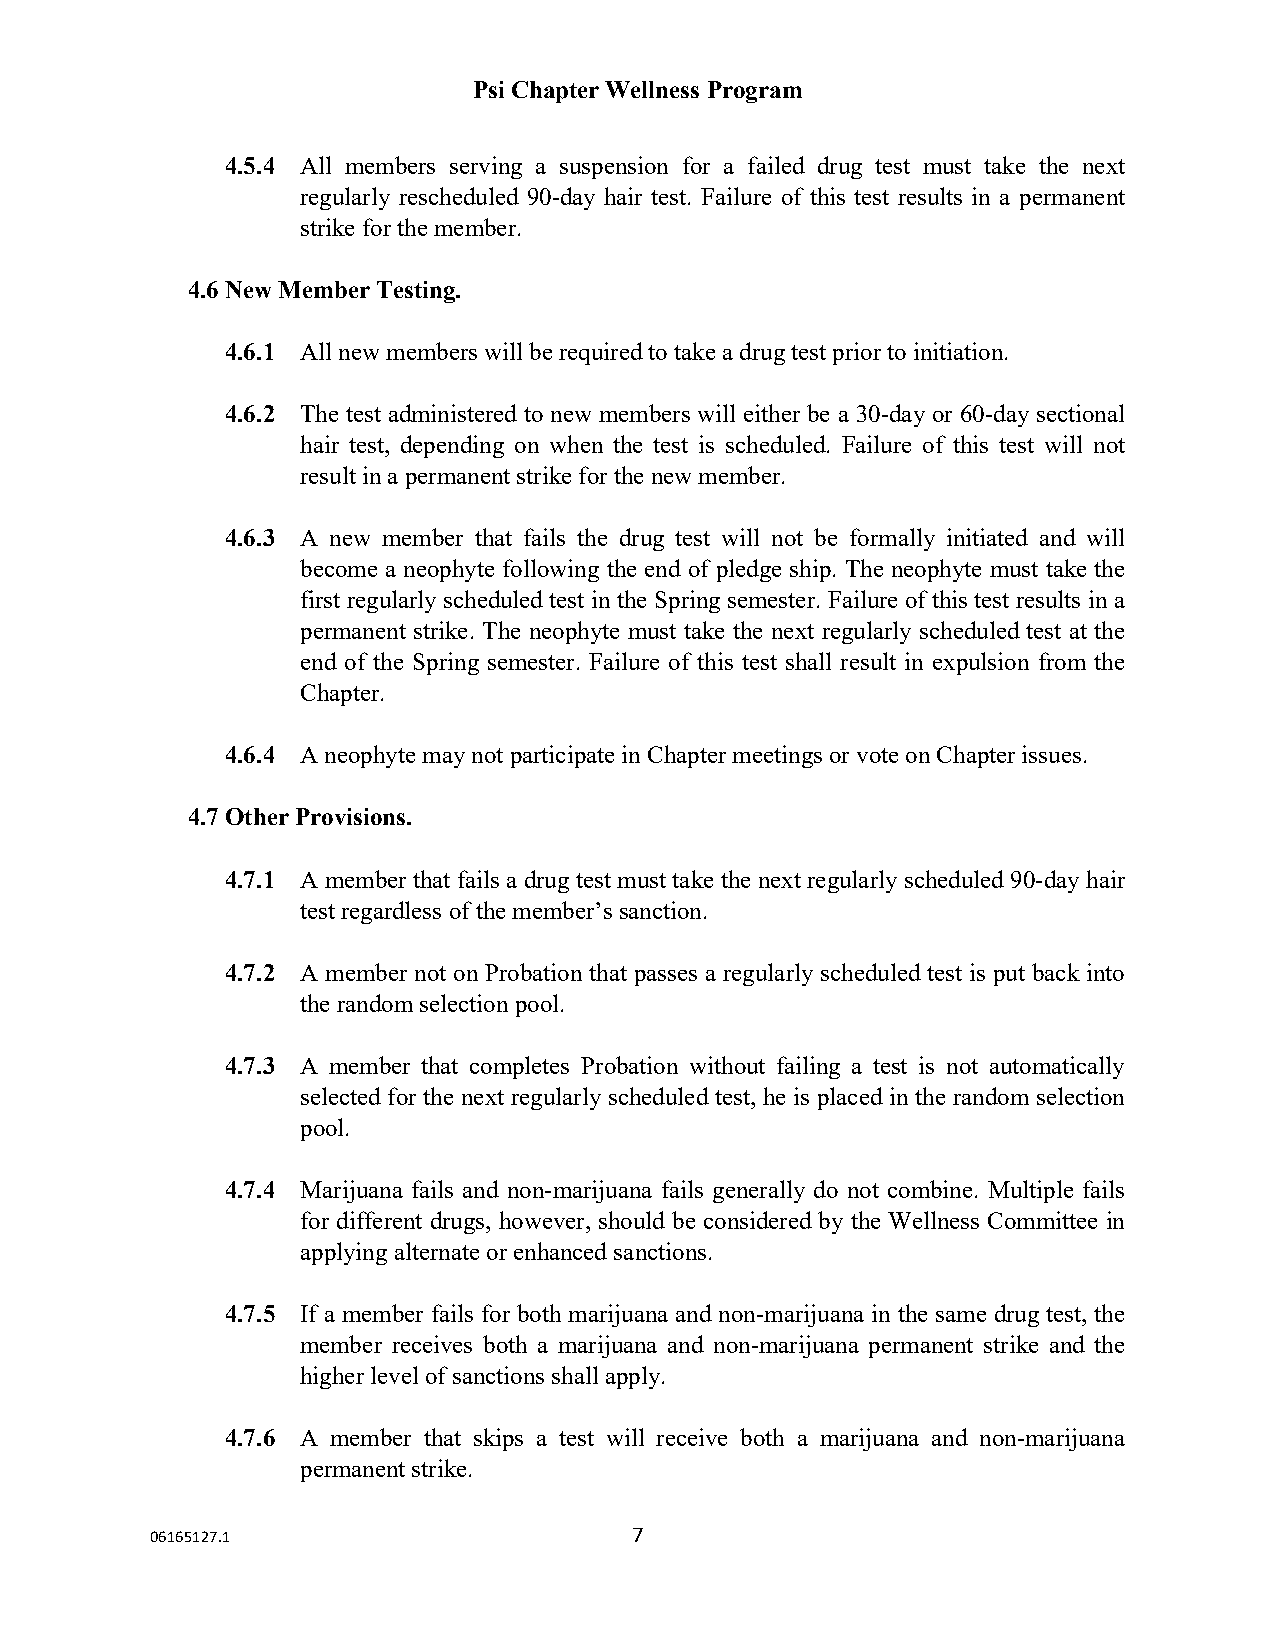
Psi Chapter Wellness Program
 4.5.4 All members serving a suspension for a failed drug test must take the next
 regularly rescheduled 90-day hair test. Failure of this test results in a permanent
 strike for the member.
 4.6 New Member Testing.
 4.6.1 All new members will be required to take a drug test prior to initiation.
 4.6.2 The test administered to new members will either be a 30-day or 60-day sectional
 hair test, depending on when the test is scheduled. Failure of this test will not
 result in a permanent strike for the new member.
 4.6.3 A new member that fails the drug test will not be formally initiated and will
 become a neophyte following the end of pledge ship. The neophyte must take the
 first regularly scheduled test in the Spring semester. Failure of this test results in a
 permanent strike. The neophyte must take the next regularly scheduled test at the
 end of the Spring semester. Failure of this test shall result in expulsion from the
 Chapter.
 4.6.4 A neophyte may not participate in Chapter meetings or vote on Chapter issues.
 4.7 Other Provisions.
 4.7.1 A member that fails a drug test must take the next regularly scheduled 90-day hair
 test regardless of the member’s sanction.
 4.7.2 A member not on Probation that passes a regularly scheduled test is put back into
 the random selection pool.
 4.7.3 A member that completes Probation without failing a test is not automatically
 selected for the next regularly scheduled test, he is placed in the random selection
 pool.
 4.7.4 Marijuana fails and non-marijuana fails generally do not combine. Multiple fails
 for different drugs, however, should be considered by the Wellness Committee in
 applying alternate or enhanced sanctions.
 4.7.5 If a member fails for both marijuana and non-marijuana in the same drug test, the
 member receives both a marijuana and non-marijuana permanent strike and the
 higher level of sanctions shall apply.
 4.7.6 A member that skips a test will receive both a marijuana and non-marijuana
 permanent strike.
 06165127.1                      7